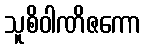
သူစိဝါဏိဇကော